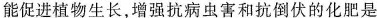
能促进植物生长，增强抗病虫害和抗倒伏的化肥是